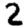
Digit: 2